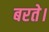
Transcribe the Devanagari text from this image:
बरते।